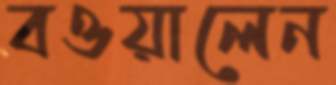
বওয়ালেন